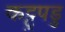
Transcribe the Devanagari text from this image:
कट्टुपडु